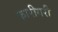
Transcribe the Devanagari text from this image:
क़ारीगरी